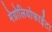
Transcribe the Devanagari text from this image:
मेग्नोलियोफाईटा